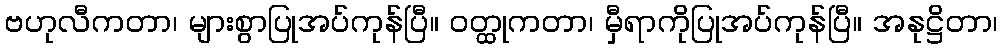
ဗဟုလီကတာ၊ များစွာပြုအပ်ကုန်ပြီ။ ဝတ္ထုကတာ၊ မှီရာကိုပြုအပ်ကုန်ပြီ။ အနုဋ္ဌိတာ၊